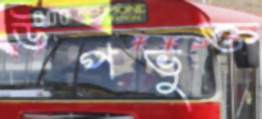
উপভুক্ত